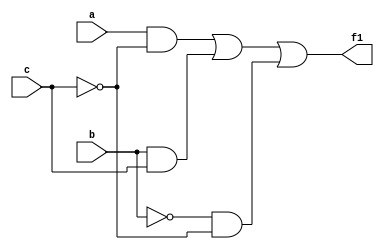
module ad1(a,b,c,f1);
input a,b,c;
output f1;
assign f1=(a&~(c))|(b&c)|(~(b)&~(c));
endmodule